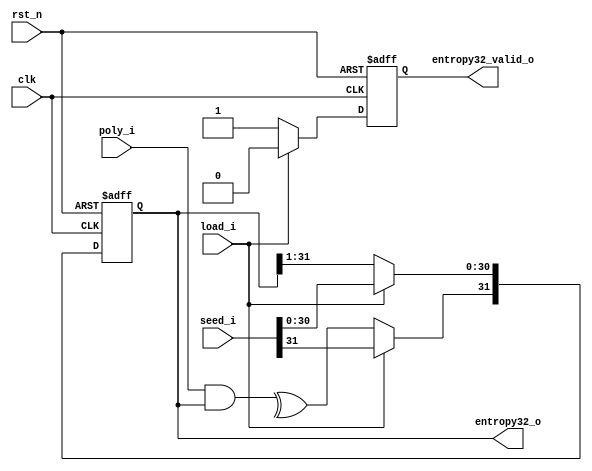
module rng_32(
    input               clk,
    input             rst_n,
    input             load_i,
    input      [31:0]   seed_i,
    input      [31:0]   poly_i,
    output     [31:0] entropy32_o,
    output              entropy32_valid_o
);


reg in_sr, entropy32_valid;
reg [31:0] entropy32;

assign entropy32_o = entropy32;
assign entropy32_valid_o = entropy32_valid;


always @ (*)
begin
    in_sr = ^ (poly_i [31:0] & entropy32 [31:0]);
end

always@(posedge clk or negedge rst_n)
begin
    
    if(!rst_n)
    begin
        entropy32    <= 32'b0;
        entropy32_valid <= 0;  
    end
    else if(load_i)
    begin
        entropy32 <=seed_i;
        entropy32_valid <= 0;   
    end
    else
        begin
            entropy32[30:0] <= entropy32[31:1];
            entropy32[31] <= in_sr;
            entropy32_valid <= 1;
        end

end
endmodule